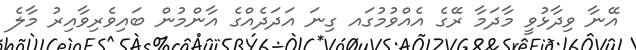
އޭނާ ވިދާޅުވީ މާދަމާ ރޭގެ އެއްވުމުގައ ގިނަ އަދަދެއްގެ އާންމުން ބައިވެރިވާއިރު މާލެ